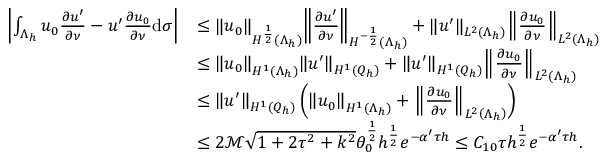
\begin{array} { r l } { \left\vert \int _ { \Lambda _ { h } } { { u _ { 0 } } { \frac { \partial u ^ { \prime } } { \partial \nu } } - u ^ { \prime } } { \frac { \partial { u _ { 0 } } } { \partial \nu } } \mathrm d \sigma \right\vert } & { \leq { \left\| { { u _ { 0 } } } \right\| _ { { H ^ { { \frac { 1 } { 2 } } } } ( \Lambda _ { h } ) } } { \left\| { { \frac { \partial u ^ { \prime } } { \partial \nu } } } \right\| _ { { H ^ { - { \frac { 1 } { 2 } } } } ( \Lambda _ { h } ) } } + { \left\| { u ^ { \prime } } \right\| _ { { L ^ { 2 } } ( \Lambda _ { h } ) } } { \left\| { { \frac { \partial { u _ { 0 } } } { \partial \nu } } } \right\| _ { { L ^ { 2 } } ( \Lambda _ { h } ) } } } \\ & { \leq { \left\| { { u _ { 0 } } } \right\| _ { { H ^ { 1 } } ( \Lambda _ { h } ) } } { \left\| { u ^ { \prime } } \right\| _ { { H ^ { 1 } } ( { Q _ { h } } ) } } + { \left\| { u ^ { \prime } } \right\| _ { { H ^ { 1 } } ( { Q _ { h } } ) } } { \left\| { { \frac { \partial { u _ { 0 } } } { \partial \nu } } } \right\| _ { { L ^ { 2 } } ( \Lambda _ { h } ) } } } \\ & { \leq { \left\| { u ^ { \prime } } \right\| _ { { H ^ { 1 } } ( { Q _ { h } } ) } } \left( { \left\| { { u _ { 0 } } } \right\| _ { { H ^ { 1 } } ( \Lambda _ { h } ) } } + { \left\| { { \frac { \partial { u _ { 0 } } } { \partial \nu } } } \right\| _ { { L ^ { 2 } } \left( \Lambda _ { h } \right) } } \right) } \\ & { \leq 2 \mathcal M \sqrt { 1 + 2 { \tau ^ { 2 } } + { k ^ { 2 } } } \theta _ { 0 } ^ { { \frac { 1 } { 2 } } } { h ^ { { \frac { 1 } { 2 } } } } { e ^ { - \alpha ^ { \prime } \tau h } } \leq C _ { 1 0 } \tau { h ^ { { \frac { 1 } { 2 } } } } { e ^ { - \alpha ^ { \prime } \tau h } } . } \end{array}